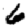
Digit: 6